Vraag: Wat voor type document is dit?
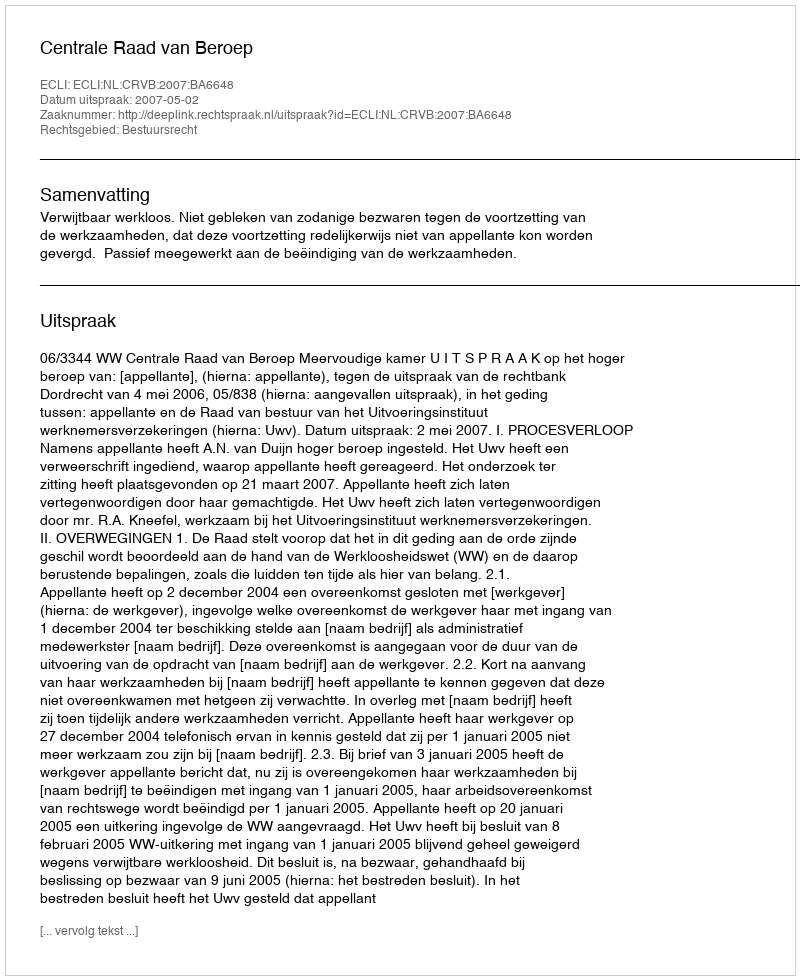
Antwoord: Uitspraak